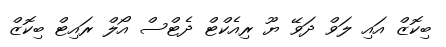
ބިކޮޒް އައި ލަވް ދަވޭ ޔޫ ރިއެކްޓް ދެޓްސް އޯލް ރައިޓް ބިކޮޒް